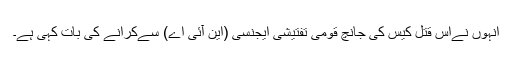
انہوں نےاس قتل کیس کی جانچ قومی تفتیشی ایجنسی (این آئی اے) سےکرانے کی بات کہی ہے۔